Report on the working of the Ranchi Indian Mental Hospital, Kanke, in Bihar and Orissa - 1930-1940
Year: 1930
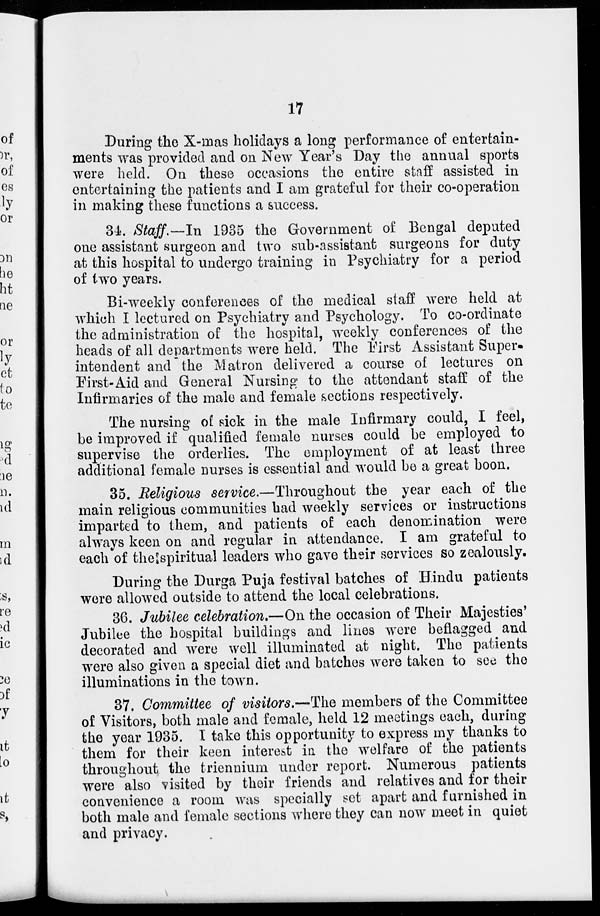
17
During the X-mas holidays a long performance of entertain-
ments was provided and on New Year's Day the annual sports
were held. On these occasions the entire staff assisted in
entertaining the patients and I am grateful for their co-operation
in making these functions a success.
34. Staff.—In 1935 the Government of Bengal deputed
one assistant surgeon and two sub-assistant surgeons for duty
at this hospital to undergo training in Psychiatry for a period
of two years.
Bi-weekly conferences of the medical staff were held at
which I lectured on Psychiatry and Psychology. To co-ordinate
the administration of the hospital, weekly conferences of the
heads of all departments were held. The First Assistant Super-
intendent and the Matron delivered a course of lectures on
First-Aid and General Nursing to the attendant staff of the
Infirmaries of the male and female sections respectively.
The nursing of sick in the male Infirmary could, I feel,
be improved if qualified female nurses could be employed to
supervise the orderlies. The employment of at least three
additional female nurses is essential and would be a great boon.
35. Religious service.—Throughout the year each of the
main religious communities had weekly services or instructions
imparted to them, and patients of each denomination were
always keen on and regular in attendance. I am grateful to
each of the spiritual leaders who gave their services so zealously.
During the Durga Puja festival batches of Hindu patients
were allowed outside to attend the local celebrations.
36. Jubilee celebration.—On the occasion of Their Majesties'
Jubilee the hospital buildings and lines were beflagged and
decorated and were well illuminated at night. The patients
were also given a special diet and batches were taken to see the
illuminations in the town.
37. Committee of visitors.—The members of the Committee
of Visitors, both male and female, held 12 meetings each, during
the year 1935. I take this opportunity to express my thanks to
them for their keen interest in the welfare of the patients
throughout the triennium under report. Numerous patients
were also visited by their friends and relatives and for their
convenience a room was specially set apart and furnished in
both male and female sections where they can now meet in quiet
and privacy.